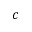
c